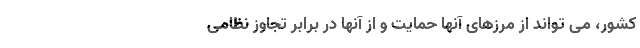
کشور، می تواند از مرزهای آنها حمایت و از آنها در برابر تجاوز نظامی